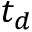
t _ { d }